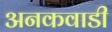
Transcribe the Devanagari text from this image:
अनकवाडी